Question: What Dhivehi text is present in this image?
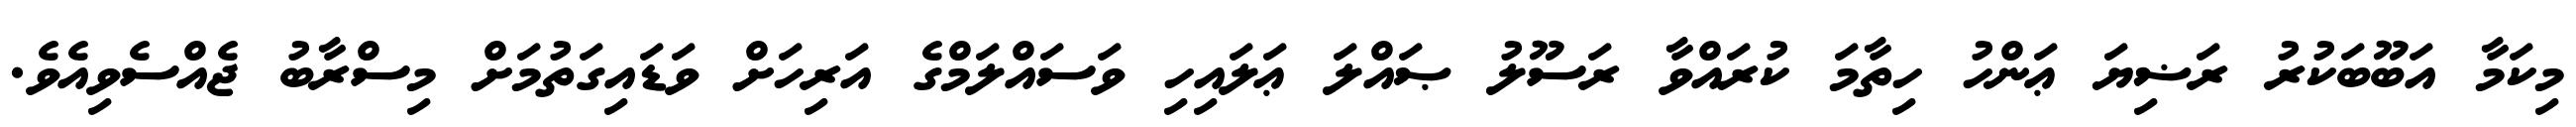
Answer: މިކަމާ އަބޫބަކުރު ރަޟިޔަ ޢަންހު ހިތާމަ ކުރައްވާ ރަސޫލު ޞައްލަ ޢަލައިހި ވަސައްލަމްގެ އަރިހަށް ވަޑައިގަތުމަށް މިސްރާބު ޖެއްސެވިއެވެ.